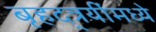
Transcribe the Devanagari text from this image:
बृहद्त्रयींमध्ये